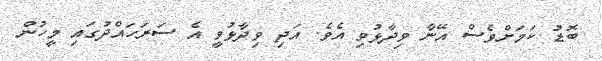
ބޮޑު ކަމަށްވެސް އޭނާ ވިދާޅުވި އެވެ. އަދި ވިދާޅުވީ އެ ސަރަހައްދުގައި މީހުން